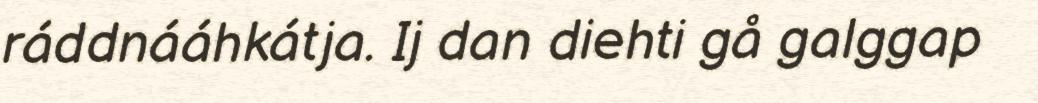
ráddnááhkátja. Ij dan diehti gå galggap